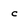
Character: c